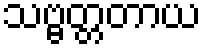
သဗ္ဗတ္တတာယ